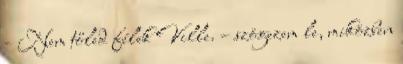
- Nem tőled félek Ville. – szögezem le, miközben